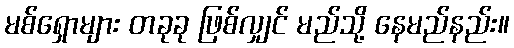
မစ်ရှောများ တခုခု ဖြစ်လျှင် မည်သို့ နေမည်နည်း။